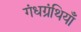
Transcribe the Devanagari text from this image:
गंधग्रंथियाँ